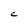
Character: c